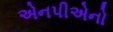
એનપીએનો